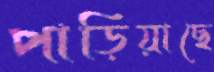
পাড়িয়াছে